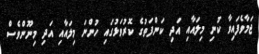
ޖަމާވެފައިވާ ކުނި މިލައާއި އަދި ކަންފަތުގެ ކޮރުވަޅުގައި ހުންނަ މިލައާއި އަދި މިނޫންވެސް